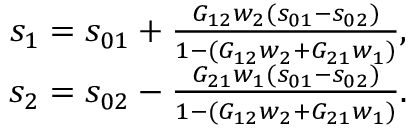
\begin{array} { r } { s _ { 1 } = s _ { 0 1 } + \frac { G _ { 1 2 } w _ { 2 } ( s _ { 0 1 } - s _ { 0 2 } ) } { 1 - ( G _ { 1 2 } w _ { 2 } + G _ { 2 1 } w _ { 1 } ) } , } \\ { s _ { 2 } = s _ { 0 2 } - \frac { G _ { 2 1 } w _ { 1 } ( s _ { 0 1 } - s _ { 0 2 } ) } { 1 - ( G _ { 1 2 } w _ { 2 } + G _ { 2 1 } w _ { 1 } ) } . } \end{array}